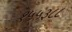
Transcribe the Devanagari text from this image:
१५५३८८